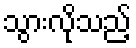
သွားလိုသည့်